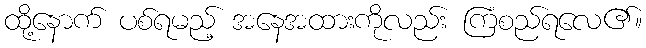
ထို့နောက် ပစ်ရမည့် အနေအထားကိုလည်း ကြံစည်ရလေ၏။